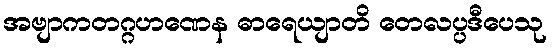
အဗျာကတဂ္ဂဟဏေန ဓာရေယျာတိ တေလပ္ပဒီပေသု